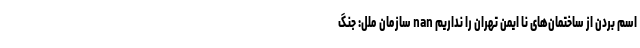
اسم بردن از ساختمان‌های نا ایمن تهران را نداریم nan سازمان ملل: جنگ